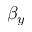
\beta _ { y }